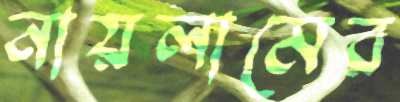
নায়লামের